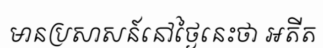
មានប្រសាសន៍នៅថ្ងៃនេះថា អតីត